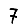
Digit: 7